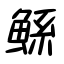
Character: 鯀